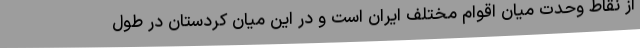
از نقاط وحدت میان اقوام مختلف ایران است و در این میان کردستان در طول